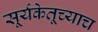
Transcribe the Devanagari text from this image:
सूर्यकेतूच्याच